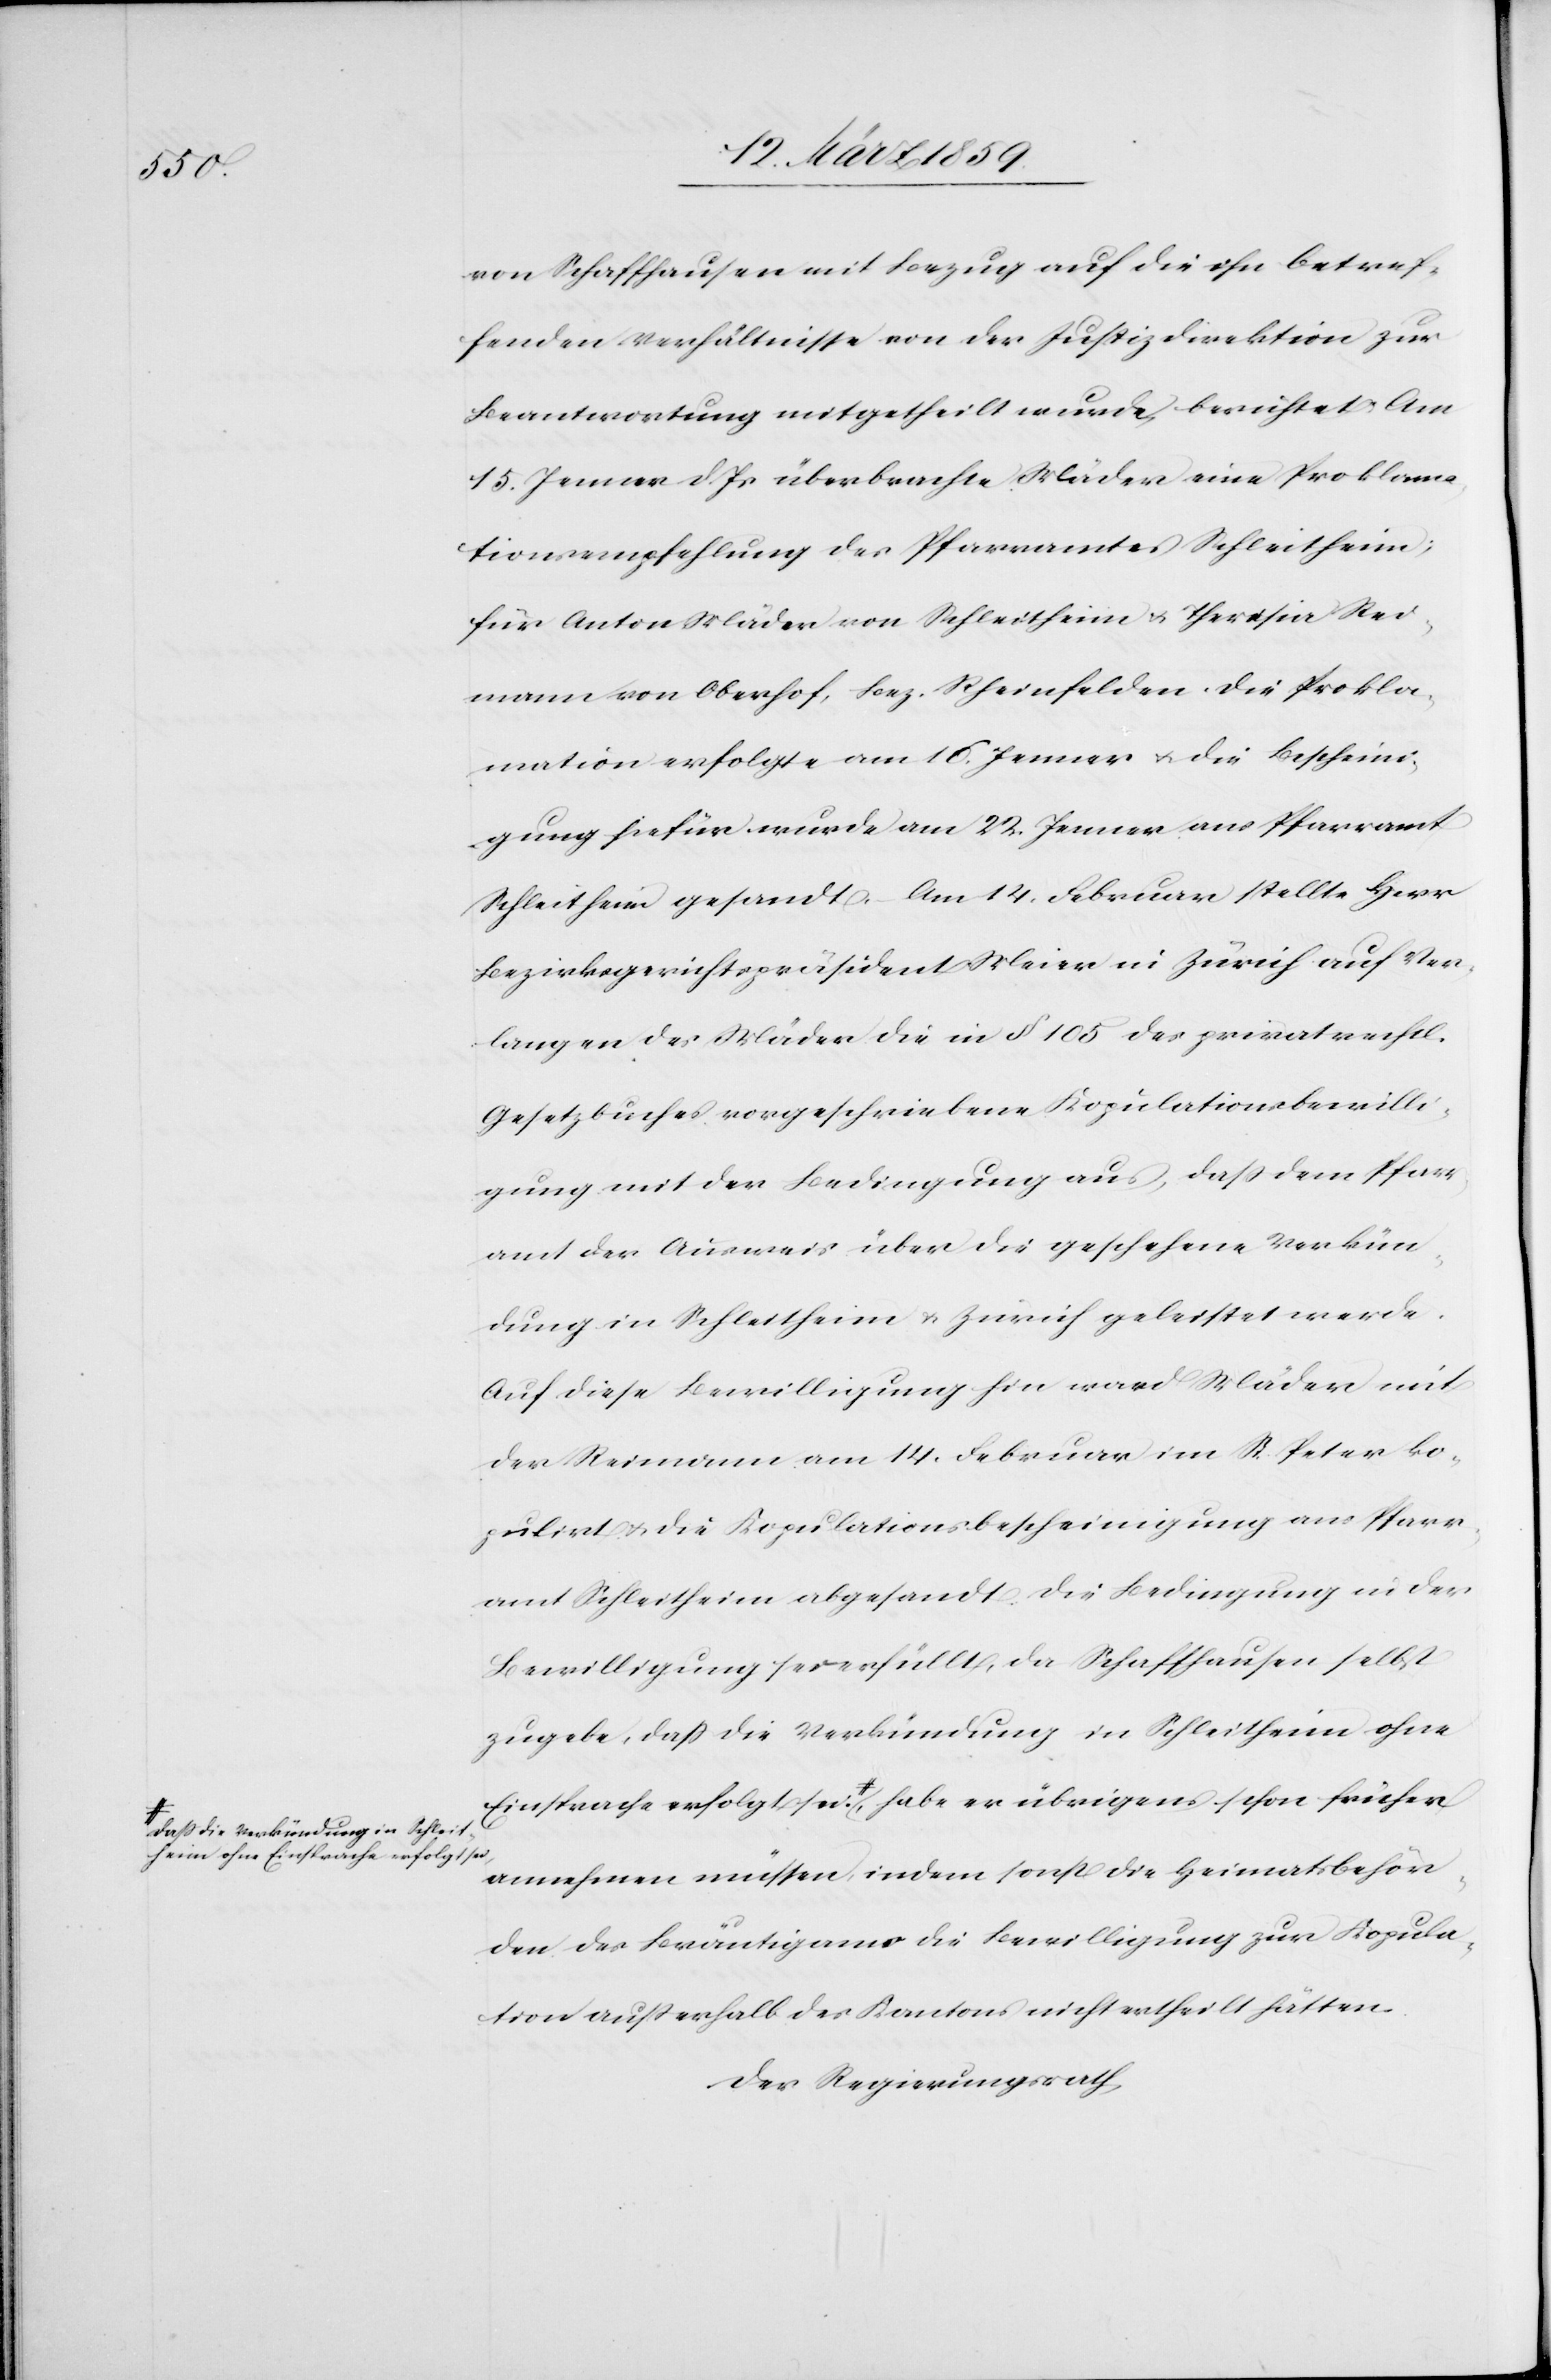
theim

Daß die Verkündung in Schlei¬
theim ohne Einsprache erfolgt sei.

von Schaffhausen mit Bezug auf die ihn betref¬
fenden Verhältnisse von der Justizdirektion zur
Beantwortung mitgetheilt wurde, berichtet: Am
15. Jenner d. Js. überbrachte Mäder eine Problema¬
tionsempfehlung des Pfarramtes Schleitheim;
für Anton Mäder von Schleitheim u. Theresia Rei¬
mann von Oberhof, Bez. Rheinfelden. Die Prokla¬
mation erfolgte am 16. Jenner ans Pfarramt Schleitheim
Bezirksgerichtspräsident Meier in Zürich auf Ver¬
langen des Mäder die in § 105 des privatrechtl.
Gesetzbuches vorgeschriebene Kopulationsbewilli¬
gung mit der Bedingung aus, daß dem Pfarr¬
amt der Ausweis über die geschehene Verkün¬
dung in Schleitheim u. Zürich geleistet werde.
Auf diese Bewilligung hin ward Mäder mit
der Reimann am 14. Februar im St. Peter ko¬
pulirt & die Kopulationsbescheinigung ans Pfarr¬
amt Schleitheim abgesandt. Die Bedingung in der
Bewilligung sei erfüllt, da Schaffhausen selbst
Einsprache erfolgt sei, habe er übrigens schon früher
annehmen müssen, indem sonst die Heimatsbehör¬
den des Bräutigams die Bewilligung zur Kopula¬
tion außerhalb des Kantons nicht ertheilt hätten.
Der Regierungsrath,